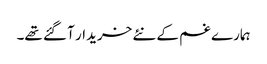
ہمارے غم کے نئے خریدار آ گئے تھے۔